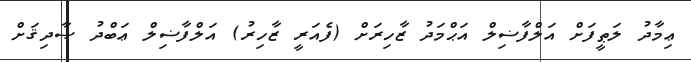
ޢިމާދު ލަޠީފަށް އަލްފާޟިލް އަޙްމަދު ޒާހިރަށް (ފެއަރީ ޒާހިރު) އަލްފާޟިލް ޢަބްދު ޞާދިޤަށް